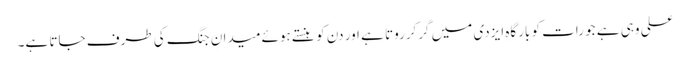
علی وہی ہے جو رات کو بارگاہِ ایزدی میں گرکرروتا ہے اور دن کو ہنستے ہوئے میدانِ جنگ کی طرف جاتا ہے۔